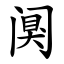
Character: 阒